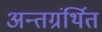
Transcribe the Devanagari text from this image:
अन्‍तग्रंर्थित